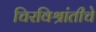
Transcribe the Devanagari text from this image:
चिरविश्रांतीचे